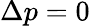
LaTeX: \Delta p=0